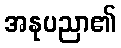
အနုပညာ၏